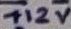
Text: +12V